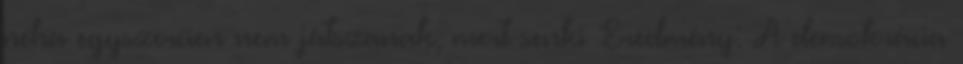
néha egyszerűen nem játszanak, mert senki Eredmény: A demokrácia